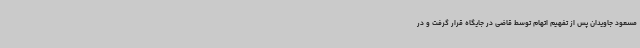
مسعود جاویدان پس از تفهیم اتهام توسط قاضی در جایگاه قرار گرفت و در